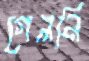
গেলনি